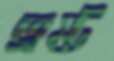
ভ্রষ্ট